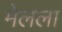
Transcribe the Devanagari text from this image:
मेलला